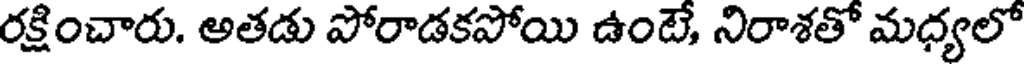
రక్షించారు. అతడు పోరాడకపోయి ఉంటే, నిరాశతో మధ్యలో